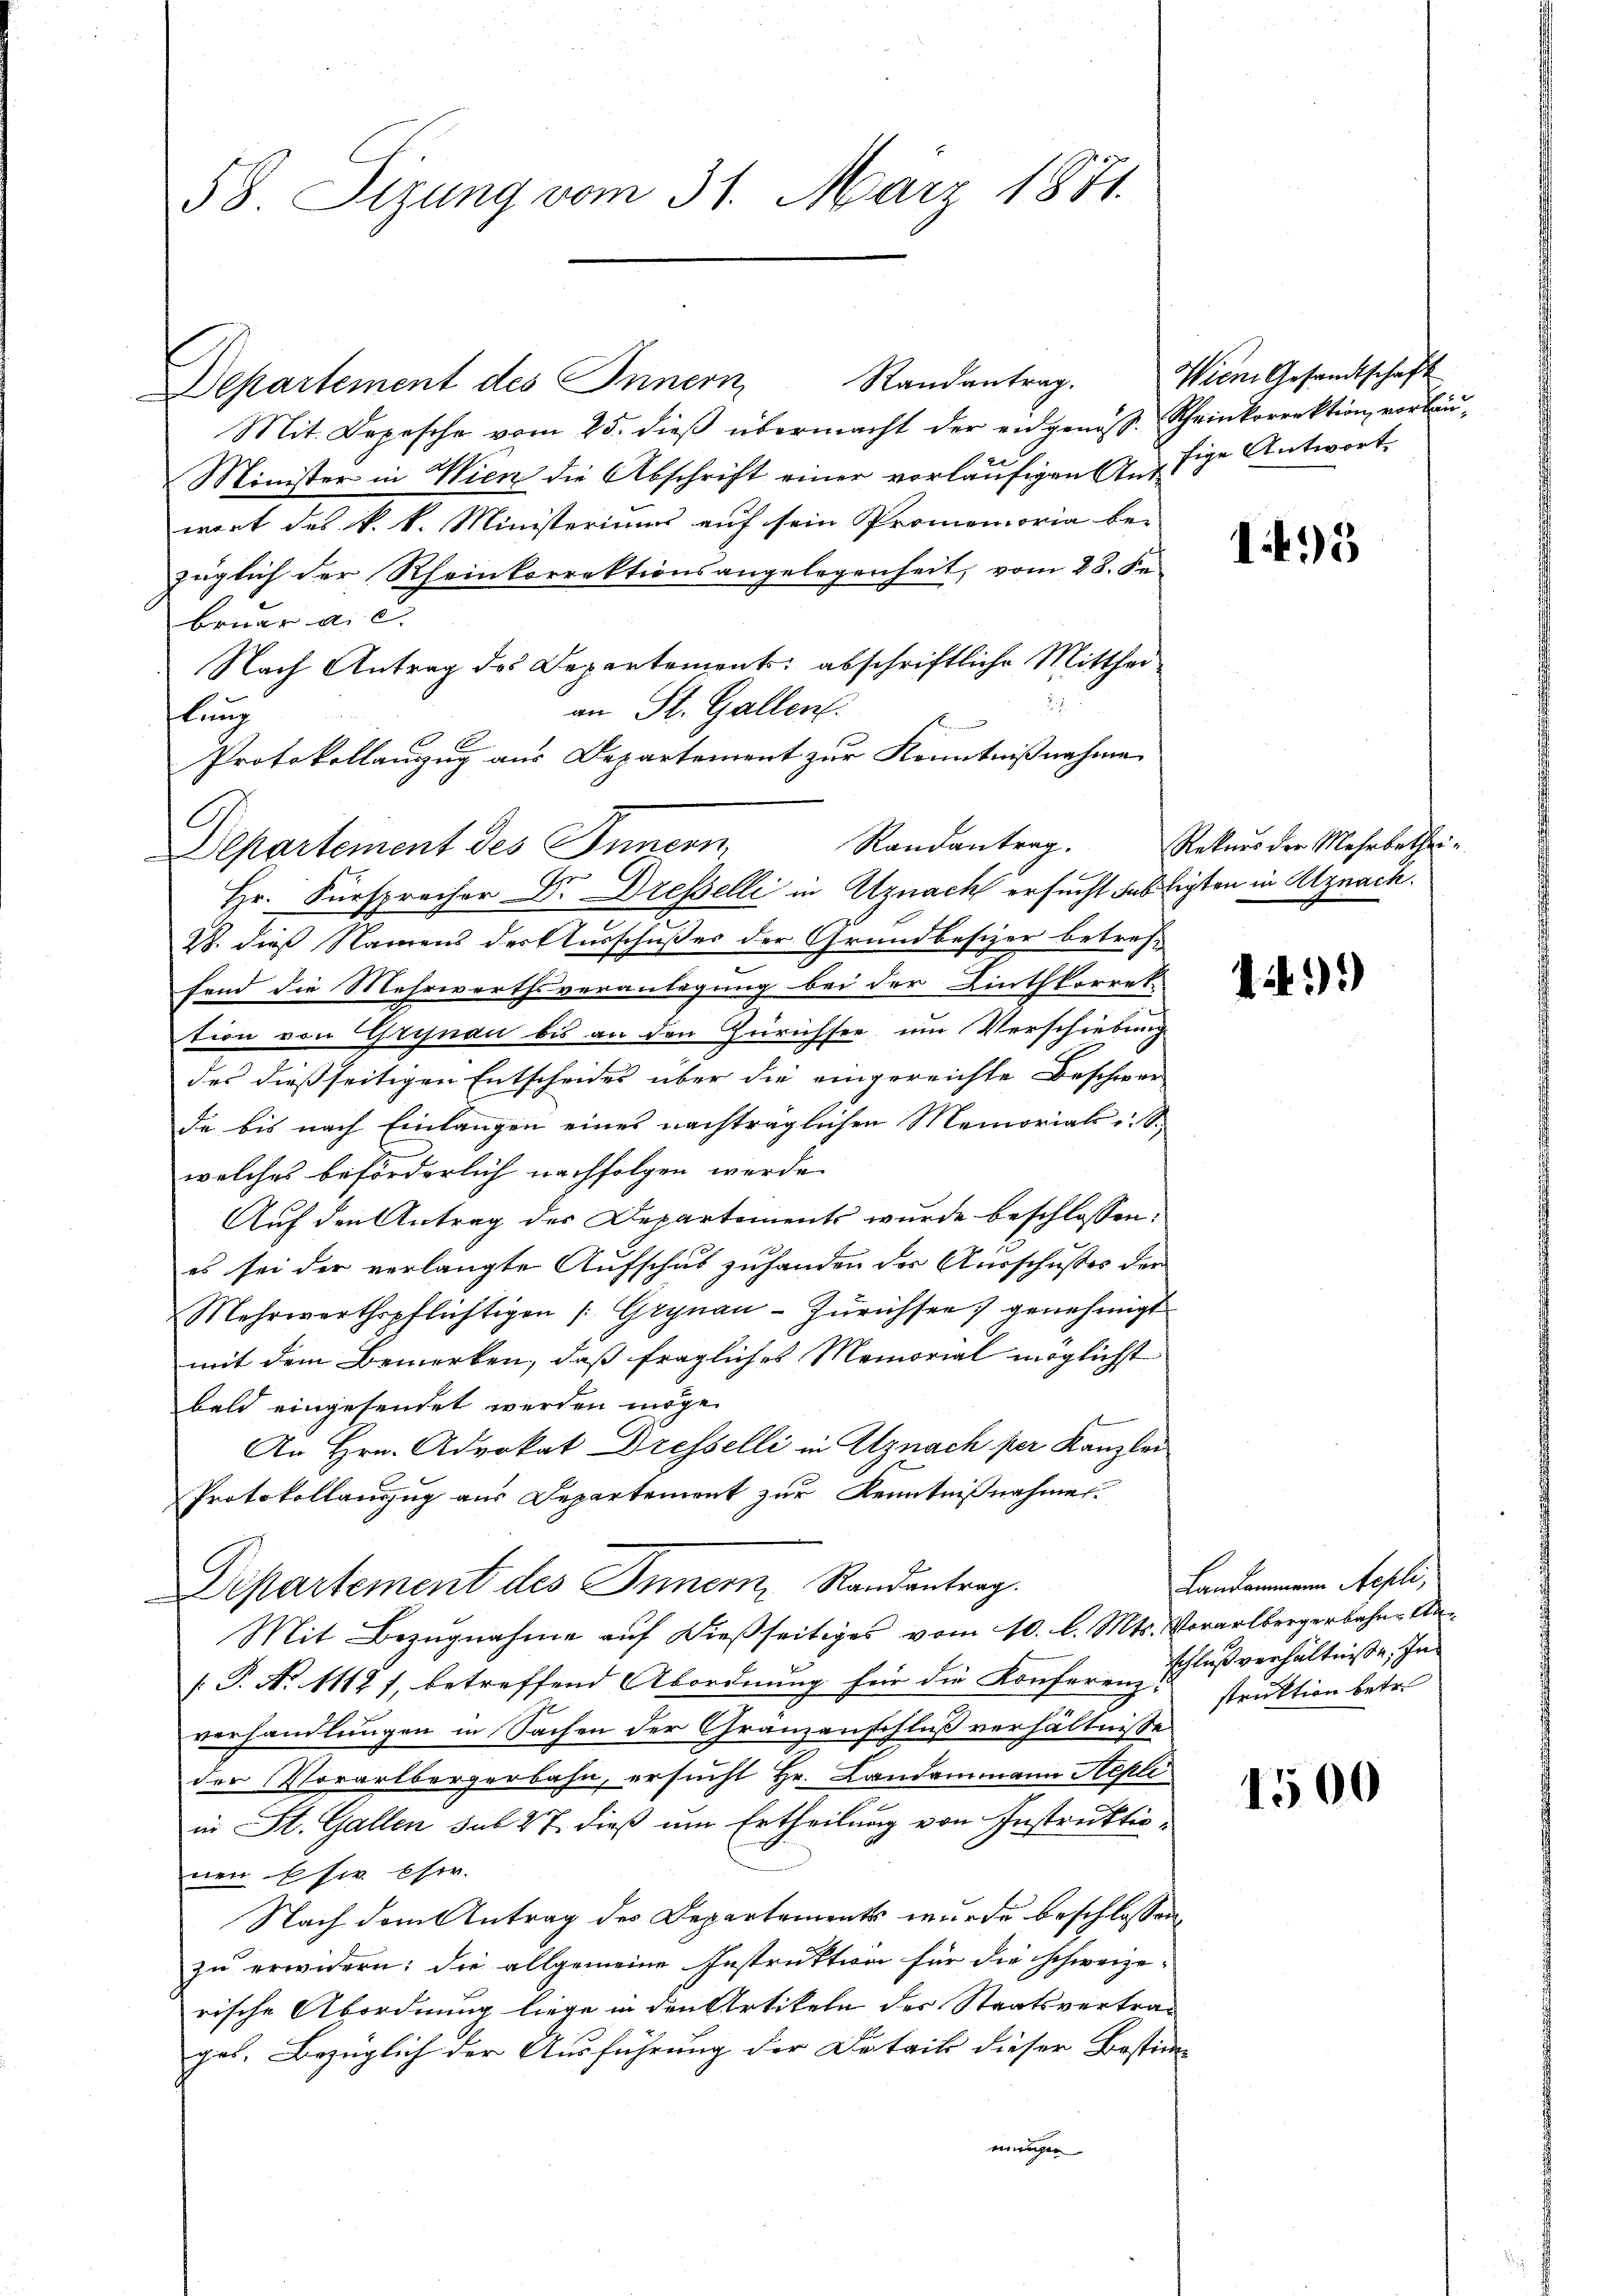
58. Sizung vom 31. März 1881.

G
Departement des Innern

Departement des Innern,
Mit. Depesche vom 25. dieß übermacht der eidgenoss
Minister in Wien die Abschrift einer vorläufigen Antwort des k. k. Ministeriums auf sein Promemoria be-
züglich der Rheinkorrektionsangelegenheit, vom 28. Fe
bruar a. c.
Nach Antrag des Departement: abschriftliche Mitthei¬
J
an St. Gallen.
lung
Protokollauszug aus Departement zur Kenntnißnahme
Hr. Fürsprecher Dr. Dresselli in Uznach ersucht bestigten in Alznach.
28. dieß Namens der Ausschußes der Grundbesizer betreff
fend die Mehrwerthsveranlagung bei der Linthkorrek-
tion von Grisnau bis an den Zürichsee um Verschiebung
des dießseitigen Entscheides über die eingereichte Beschwer-
de bis nach Einlangen eines nachträglichen Memorial u. S.
welches beförderlich nachfolgen werde.
Auf den Antrag des Departements wurde beschlossen:
es sei der verlangte Aufschus zuhanden der Ausschusses der
Mehrwerthspflichtigen (Grynau-Zürichsen) genehmigt
mit dem Bemerken, daß fragliches Memorial möglichst
bald eingesendet werden möge.
An Hrn. Advokat Dresselli in Uznach per Kanzlei
Protokollauszug aus Departement zur Kenntnißnahmen.
Departement des Innern Randantrag.
Mit Bezugnahme auf dießseitiges vom 10. l. Mts. Vorarlbergerbahn-Un¬
[ P. No 1112), betreffend Abordnung für die Konferen Schlußverhältniße, In
verhandlungen in Sachen der Granzanschluß verhältnisse
der Vorarlbergerbahn, ersucht Hr. Landammann Repli
in St. Gallen sub 27. dieß um Ertheilung von Instruktionen Eser Ehe.
Nach dem Antrag des Departements wurde beschlossen
zu erwidern: die allgemeine Instruktion für die schweize-
rische Abordnung liege in den Artikeln des Staatsvertrages. Bezüglich der Ausführung der Details dieser Bosti-
mungen

Randantrag.

Randantrag.

Wien Gesandtschaft
Scheinkorrektion vorlaufige Antwort

145

Rekurs der Mehrbethei¬

i

Landammann Aepli,
struktion betr.

1500